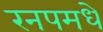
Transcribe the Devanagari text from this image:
रनपमधे